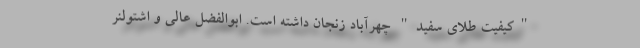
"کیفیت طلای سفید" چهرآباد زنجان داشته است. ابوالفضل عالی و اشتولنر